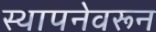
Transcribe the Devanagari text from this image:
स्थापनेवरून